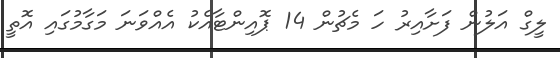
ލީގް އަލުން ފަށާއިރު ހަ މެޗުން 14 ޕޮއިންޓާއެކު އެއްވަނަ މަގާމުގައި އޮތީ